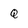
Character: Q